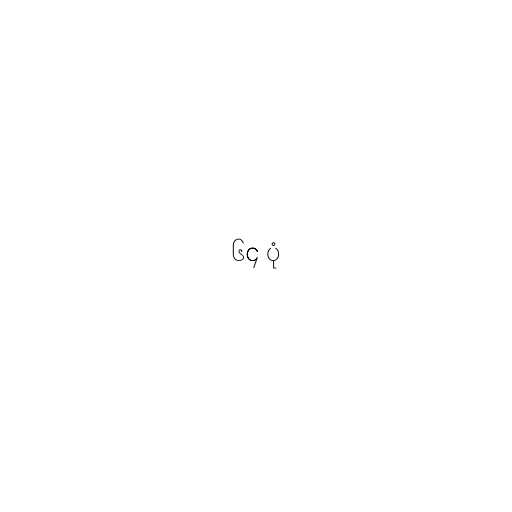
၆၄ ပုံ